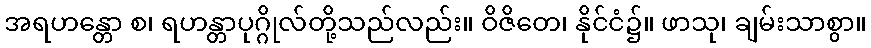
အရဟန္တော စ၊ ရဟန္တာပုဂ္ဂိုလ်တို့သည်လည်း။ ဝိဇိတေ၊ နိုင်ငံ၌။ ဖာသု၊ ချမ်းသာစွာ။